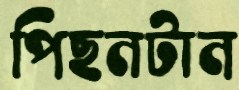
পিছনটান